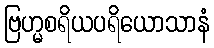
ဗြဟ္မစရိယပရိယောသာနံ